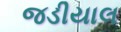
જડીયાલ